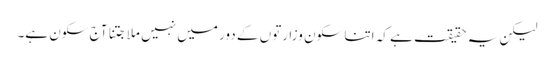
لیکن یہ حقیقت ہے کہ اتنا سکون وزارتوں کے دور میں نہیں ملا جتنا آج سکون ہے۔